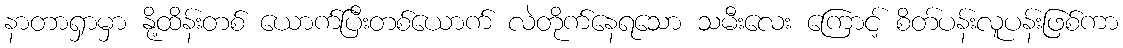
နာတာရှာမှာ နို့ထိန်းတစ် ယောက်ပြီးတစ်ယောက် လဲတိုက်နေရသော သမီးလေး ကြောင့် စိတ်ပန်းလူပန်းဖြစ်ကာ